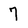
Character: 7